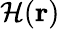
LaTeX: \mathcal{H}(\mathbf{{r}})